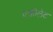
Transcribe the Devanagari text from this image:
एक्रीलेट